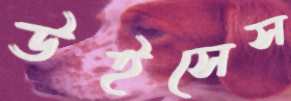
উইসেস